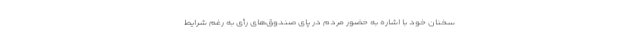
سخنان خود با اشاره به حضور مردم در پای صندوق‌های رأی به رغم شرایط